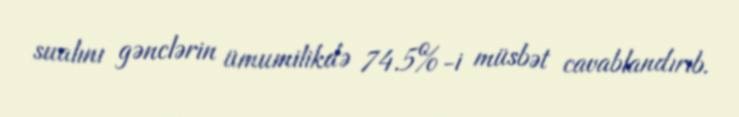
sualını gənclərin ümumilikdə 74.5%-i müsbət cavablandırıb.